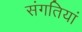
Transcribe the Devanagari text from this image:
संगतियां